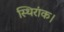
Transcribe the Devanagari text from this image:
स्थिरांक।